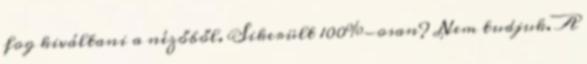
fog kiváltani a nézőből. Sikerült 100%-osan? Nem tudjuk. A